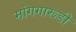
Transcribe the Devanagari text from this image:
मांगगारूडी